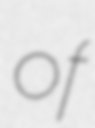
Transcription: of